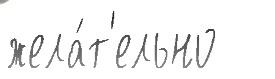
жела́т'ельно